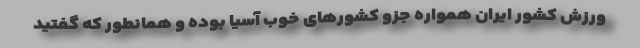
ورزش کشور ایران همواره جزو کشورهای خوب آسیا بوده و همانطور که گفتید